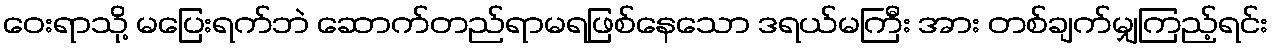
ဝေးရာသို့ မပြေးရက်ဘဲ ဆောက်တည်ရာမရဖြစ်နေသော ဒရယ်မကြီး အား တစ်ချက်မျှကြည့်ရင်း